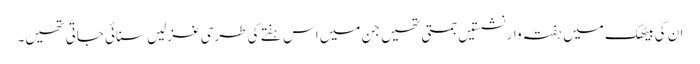
ان کی بیٹھک میں ہفتہ وار نشستیں جمتی تھیں جن میں اس ہفتے کی طرحی غزلیں سنائی جاتی تھیں۔